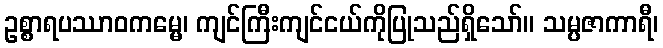
ဥစ္စာရပဿာဝကမ္မေ၊ ကျင်ကြီးကျင်ငယ်ကိုပြုသည်ရှိသော်။ သမ္ပဇာကာရီ၊